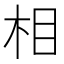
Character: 相